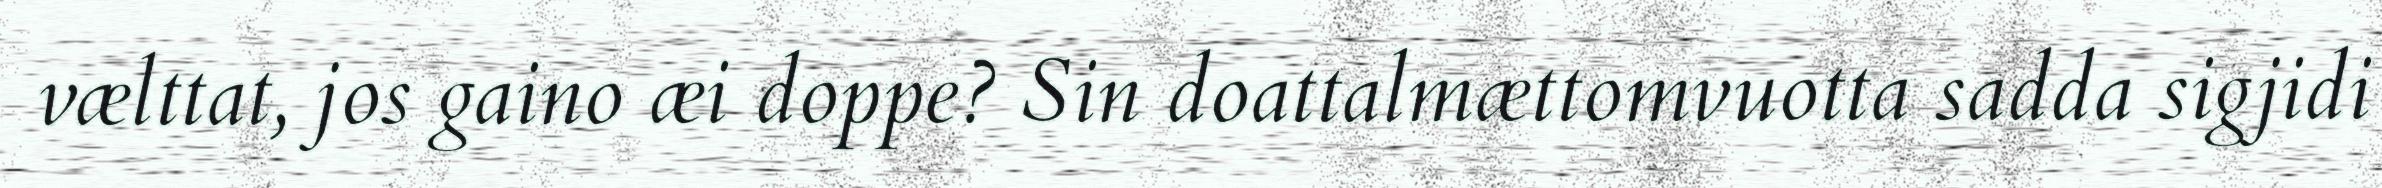
vælttat, jos gaino æi doppe? Sin doattalmættomvuotta sadda sigjidi